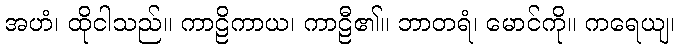
အဟံ၊ ထိုငါသည်။ ကာဠိကာယ၊ ကာဠီ၏။ ဘာတရံ၊ မောင်ကို။ ကရေယျ၊